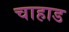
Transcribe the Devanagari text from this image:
चाहाड